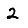
Digit: 2